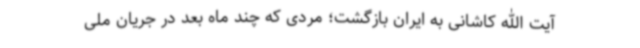
آیت الله کاشانی به ایران بازگشت؛ مردی که چند ماه بعد در جریان ملی